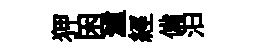
狎困瀘經備汩